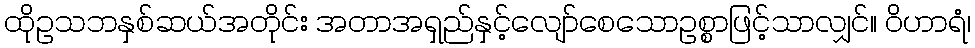
ထိုဥသဘနှစ်ဆယ်အတိုင်း အတာအရှည်နှင့်လျော်စေသောဥစ္စာဖြင့်သာလျှင်။ ဝိဟာရံ၊